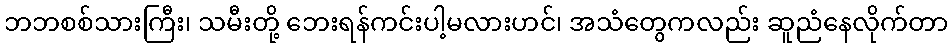
ဘဘစစ်သားကြီး၊ သမီးတို့ ဘေးရန်ကင်းပါ့မလားဟင်၊ အသံတွေကလည်း ဆူညံနေလိုက်တာ